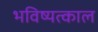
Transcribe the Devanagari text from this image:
भविष्यत्काल